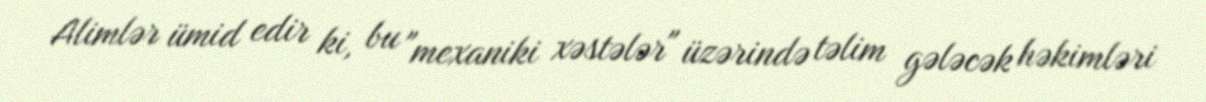
Alimlər ümid edir ki, bu "mexaniki xəstələr" üzərində təlim gələcək həkimləri